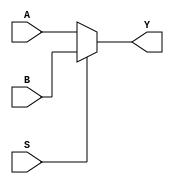
module MUX(A,B,S,Y);
    input [1:0] A,B;
    input S;
    output [1:0] Y;

    assign Y = (S == 1'b0) ? A : B;
endmodule